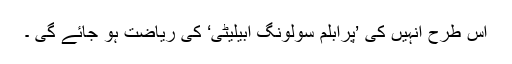
اس طرح انہیں کی ’پرابلم سولونگ ابیلیٹی‘ کی ریاضت ہو جائے گی ۔